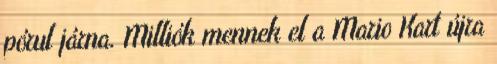
pórul járna. Milliók mennek el a Mario Kart újra